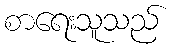
စာရေးသူသည်